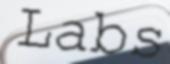
Labs